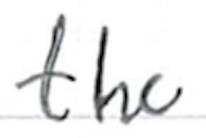
Text: the
Cross-out: clean
Writing tool: ballpoint